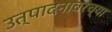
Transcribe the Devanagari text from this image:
उत्पादनावरच्या